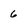
Character: 6